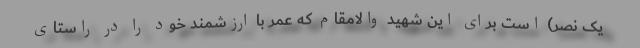
یک نصر) است برای این شهید والامقام که عمر با ارزشمند خود را در راستای